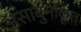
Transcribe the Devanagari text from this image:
असाबुनीकृत